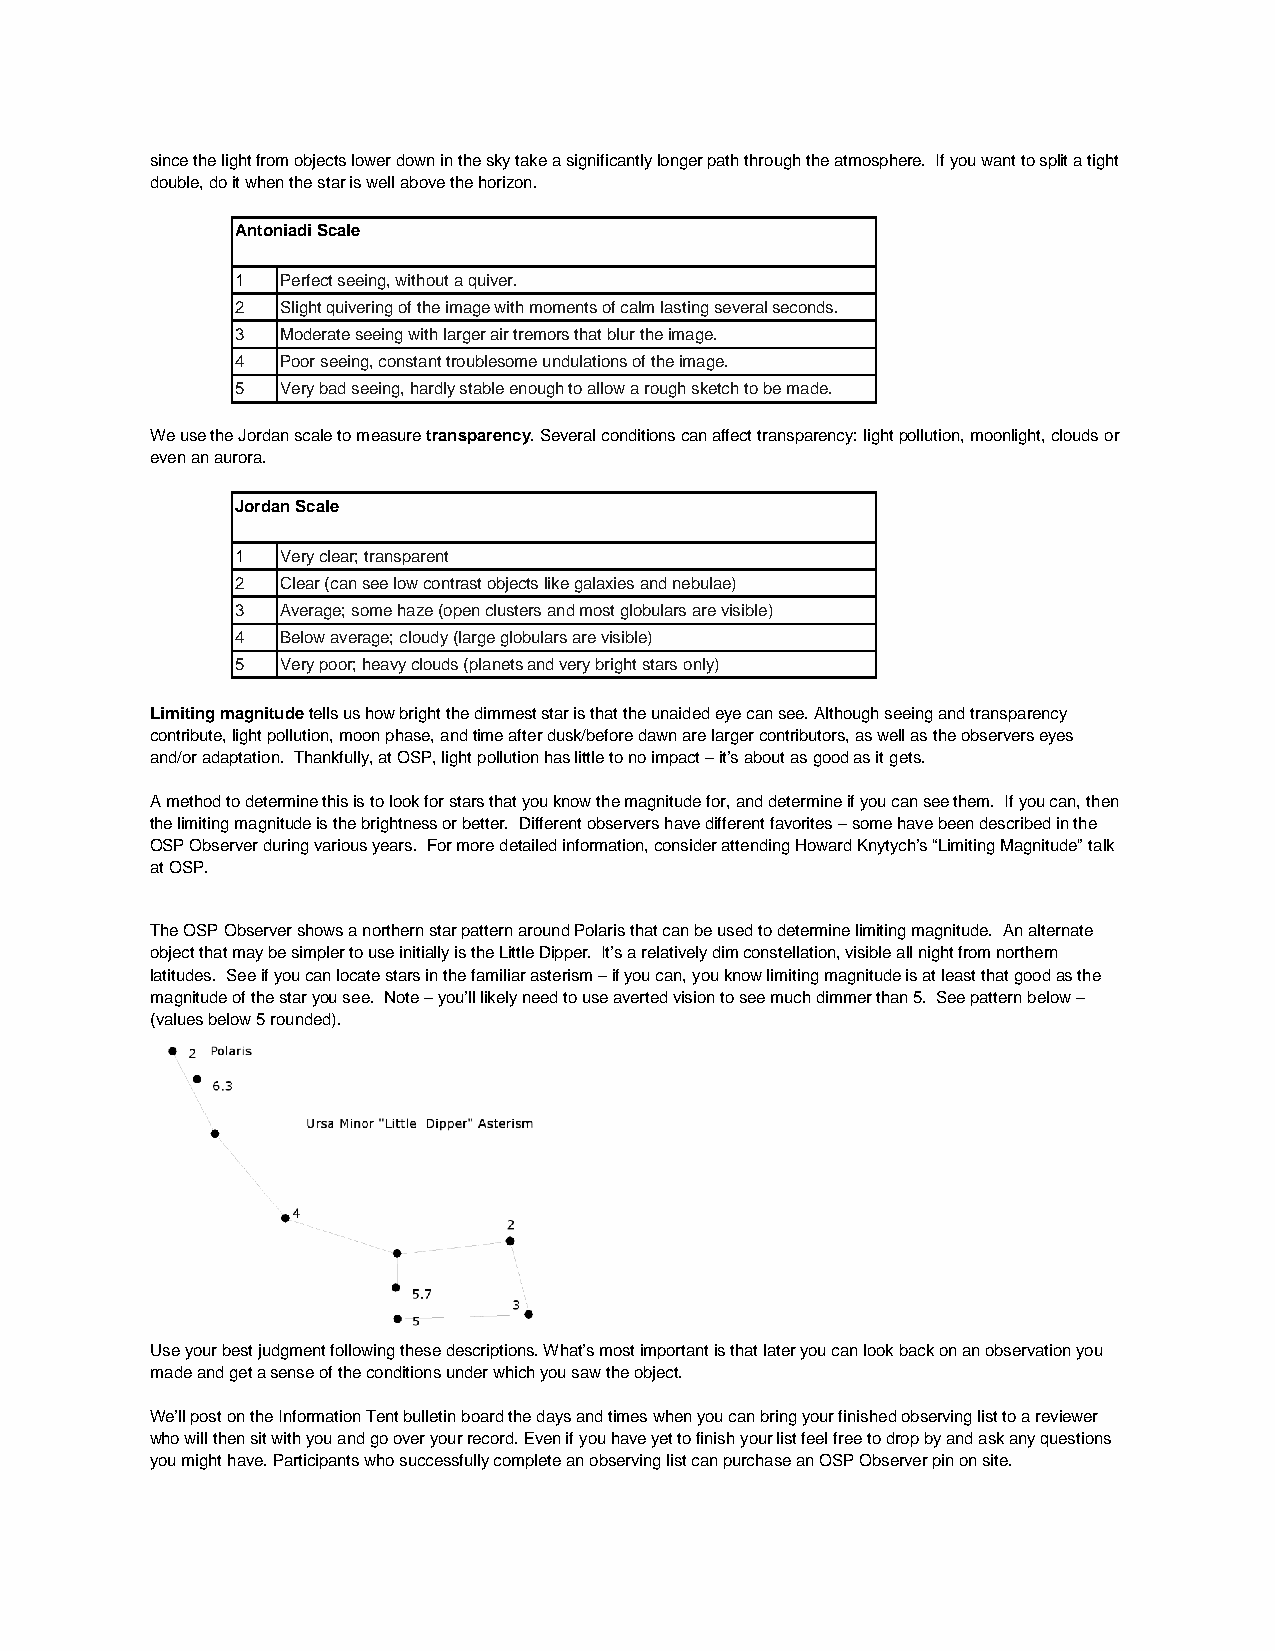
since the light from objects lower down in the sky take a significantly longer path through the atmosphere. If you want to split a tight
 double, do it when the star is well above the horizon.
 Antoniadi Scale
 1  Perfect seeing, without a quiver.
 2  Slight quivering of the image with moments of calm lasting several seconds.
 3  Moderate seeing with larger air tremors that blur the image.
 4  Poor seeing, constant troublesome undulations of the image.
 5  Very bad seeing, hardly stable enough to allow a rough sketch to be made.
 We use the Jordan scale to measure transparency. Several conditions can affect transparency: light pollution, moonlight, clouds or
 even an aurora.
 Jordan Scale
 1  Very clear; transparent
 2  Clear (can see low contrast objects like galaxies and nebulae)
 3  Average; some haze (open clusters and most globulars are visible)
 4  Below average; cloudy (large globulars are visible)
 5  Very poor; heavy clouds (planets and very bright stars only)
 Limiting magnitude tells us how bright the dimmest star is that the unaided eye can see. Although seeing and transparency
 contribute, light pollution, moon phase, and time after dusk/before dawn are larger contributors, as well as the observers eyes
 and/or adaptation. Thankfully, at OSP, light pollution has little to no impact – it’s about as good as it gets.
 A method to determine this is to look for stars that you know the magnitude for, and determine if you can see them. If you can, then
 the limiting magnitude is the brightness or better. Different observers have different favorites – some have been described in the
 OSP Observer during various years. For more detailed information, consider attending Howard Knytych’s “Limiting Magnitude” talk
 at OSP.
 The OSP Observer shows a northern star pattern around Polaris that can be used to determine limiting magnitude. An alternate
 object that may be simpler to use initially is the Little Dipper. It’s a relatively dim constellation, visible all night from northern
 latitudes. See if you can locate stars in the familiar asterism – if you can, you know limiting magnitude is at least that good as the
 magnitude of the star you see. Note – you’ll likely need to use averted vision to see much dimmer than 5. See pattern below –
 (values below 5 rounded).
 Use your best judgment following these descriptions. What’s most important is that later you can look back on an observation you
 made and get a sense of the conditions under which you saw the object.
 We’ll post on the Information Tent bulletin board the days and times when you can bring your finished observing list to a reviewer
 who will then sit with you and go over your record. Even if you have yet to finish your list feel free to drop by and ask any questions
 you might have. Participants who successfully complete an observing list can purchase an OSP Observer pin on site.